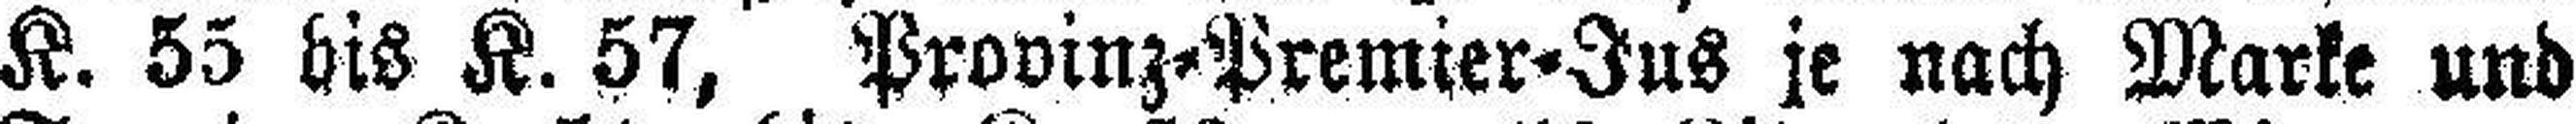
K. 55 bis K. 57, Provinz=Premier=Jus je nach Marke und